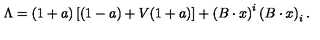
\Lambda = ( 1 + a ) \left[ ( 1 - a ) + V ( 1 + a ) \right] + \left( B \cdot x \right) ^ { i } \left( B \cdot x \right) _ { i } .